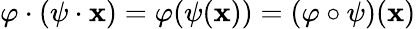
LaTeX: \varphi\cdot(\psi\cdot\mathbf{x})=\varphi(\psi(\mathbf{x}))=(\varphi\circ\psi)(\mathbf{x})